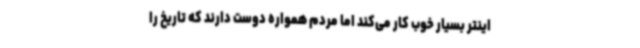
اینتر بسیار خوب کار می‌کند اما مردم همواره دوست دارند که تاریخ را